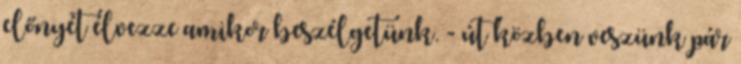
előnyét élvezze amikor beszélgetünk. - út közben veszünk pár